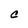
Character: C